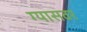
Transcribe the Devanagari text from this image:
ग्यासवर